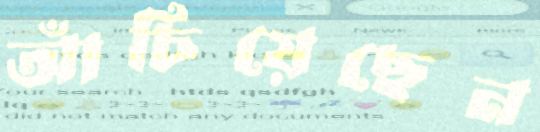
আঁচিয়েছেন